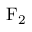
\mathrm { F _ { 2 } }